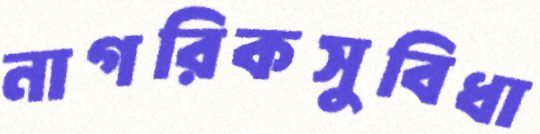
নাগরিকসুবিধা